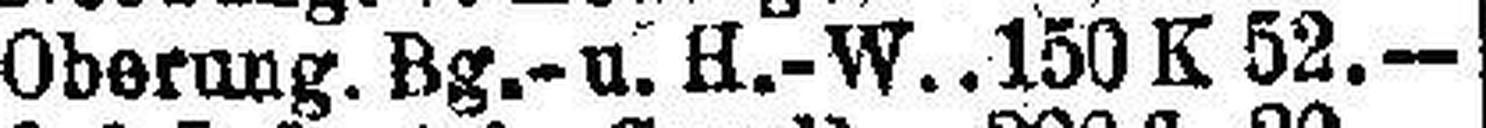
Oberung. Bg.-u. H.-W. 150 K 52.—